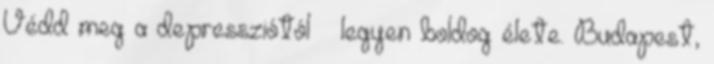
Védd meg a depressziótól – legyen boldog élete. Budapest,